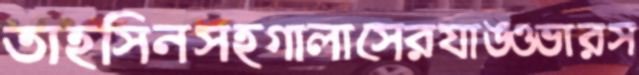
তাহসিনসহগালাসেরযাঙওভারস